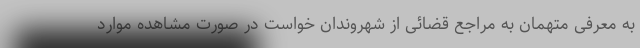
به معرفی متهمان به مراجع قضائی از شهروندان خواست در صورت مشاهده موارد